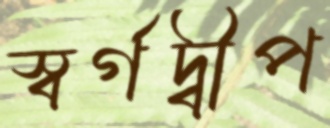
স্বর্গদ্বীপ